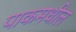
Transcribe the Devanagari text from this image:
पाकमधील